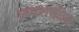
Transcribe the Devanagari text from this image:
क्रयशक्तीत